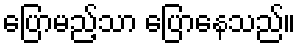
ပြောမည့်သာ ပြောနေသည်။